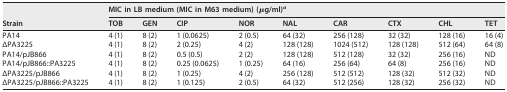
<table><thead><tr><td rowspan="2"><b>Strain</b></td><td colspan="9"><b>MIC in LB medium (MIC in M63 medium) (μg/ml)<sup><i>a</i></sup></b></td></tr><tr><td><b>TOB</b></td><td><b>GEN</b></td><td><b>CIP</b></td><td><b>NOR</b></td><td><b>NAL</b></td><td><b>CAR</b></td><td><b>CTX</b></td><td><b>CHL</b></td><td><b>TET</b></td></tr></thead><tbody><tr><td>PA14</td><td>4 (1)</td><td>8 (2)</td><td>1 (0.0625)</td><td>2 (0.5)</td><td>64 (32)</td><td>256 (128)</td><td>32 (32)</td><td>128 (16)</td><td>16 (4)</td></tr><tr><td>ΔPA3225</td><td>4 (1)</td><td>8 (2)</td><td>2 (0.25)</td><td>4 (2)</td><td>128 (128)</td><td>1024 (512)</td><td>128 (128)</td><td>512 (64)</td><td>64 (8)</td></tr><tr><td>PA14/pJB866</td><td>4 (1)</td><td>8 (2)</td><td>0.5 (0.5)</td><td>2 (2)</td><td>128 (128)</td><td>512 (128)</td><td>32 (32)</td><td>256 (16)</td><td>ND</td></tr><tr><td>PA14/pJB866::PA3225</td><td>4 (1)</td><td>8 (2)</td><td>0.25 (0.0625)</td><td>1 (0.25)</td><td>64 (16)</td><td>256 (64)</td><td>64 (8)</td><td>256 (16)</td><td>ND</td></tr><tr><td>ΔPA3225/pJB866</td><td>4 (1)</td><td>8 (2)</td><td>1 (0.25)</td><td>4 (2)</td><td>256 (128)</td><td>512 (512)</td><td>128 (32)</td><td>512 (32)</td><td>ND</td></tr><tr><td>ΔPA3225/pJB866::PA3225</td><td>4 (1)</td><td>8 (2)</td><td>1 (0.125)</td><td>2 (0.5)</td><td>64 (32)</td><td>512 (256)</td><td>128 (32)</td><td>256 (32)</td><td>ND</td></tr></tbody></table>